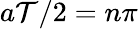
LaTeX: a\mathcal{T}/2=n\pi